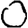
Digit: 0